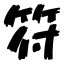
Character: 符